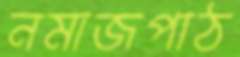
নমাজপাঠ